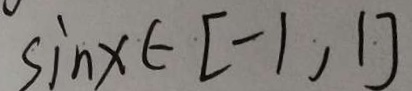
\sin x \in [ - 1 , 1 ]